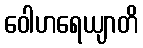
ဝေါဟရေယျာတိ